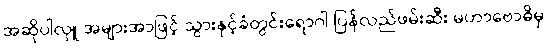
အဆိုပါလှူ အများအာဖြင့် သွားနှင့်ခံတွင်းရောဂါ ပြန်လည်ဖမ်းဆီး မဟာဗောဓိမှ